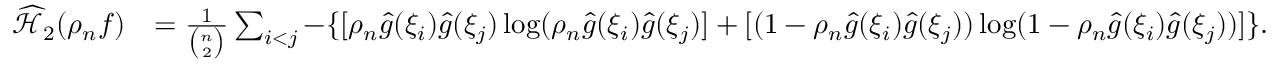
\begin{array} { r l } { \widehat { \mathcal { H } } _ { 2 } ( \rho _ { n } f ) } & { = \frac { 1 } { { \binom { n } { 2 } } } \sum _ { i < j } - \{ [ { \rho } _ { n } \hat { g } ( \xi _ { i } ) \hat { g } ( \xi _ { j } ) \log ( { \rho } _ { n } \hat { g } ( \xi _ { i } ) \hat { g } ( \xi _ { j } ) ] + [ ( 1 - { \rho } _ { n } \hat { g } ( \xi _ { i } ) \hat { g } ( \xi _ { j } ) ) \log ( 1 - { \rho } _ { n } \hat { g } ( \xi _ { i } ) \hat { g } ( \xi _ { j } ) ) ] \} . } \end{array}